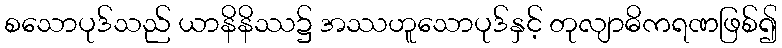
စသောပုဒ်သည် ယာနိနိဿ၌ အဿဟူသောပုဒ်နှင့် တုလျာဓိကရဏဖြစ်၍